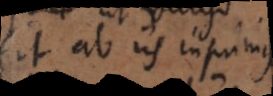
fit ab iis inprimis,